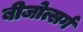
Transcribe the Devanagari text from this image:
बीजोत्सर्ग